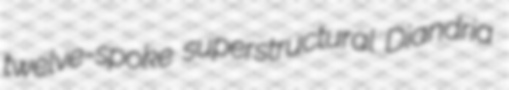
twelve-spoke superstructural Diandria